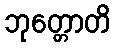
ဘုတ္တောတိ